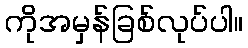
ကိုအမှန်ခြစ်လုပ်ပါ။